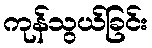
ကုန်သွယ်ခြင်း